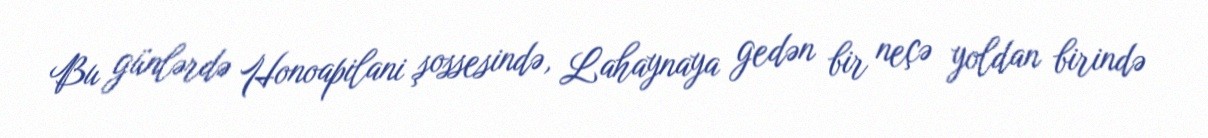
Bu günlərdə Honoapilani şossesində, Lahaynaya gedən bir neçə yoldan birində